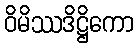
ဝိမိဿဒိဋ္ဌိကော